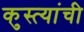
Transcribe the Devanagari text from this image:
कुस्त्यांची